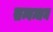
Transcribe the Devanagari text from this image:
सम्बन्धन